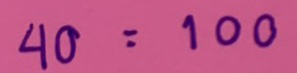
40 = 100